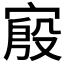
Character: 𫳪